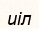
иіл